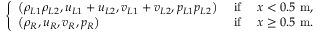
\left\{ \begin{array} { l l l } { \left( \rho _ { L 1 } \rho _ { L 2 } , u _ { L 1 } + u _ { L 2 } , v _ { L 1 } + v _ { L 2 } , p _ { L 1 } p _ { L 2 } \right) } & { \mathrm { ~ i f ~ } } & { x < 0 . 5 \mathrm { ~ m } , } \\ { \left( \rho _ { R } , u _ { R } , v _ { R } , p _ { R } \right) } & { \mathrm { ~ i f ~ } } & { x \geq 0 . 5 \mathrm { ~ m } . } \end{array} \right.